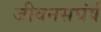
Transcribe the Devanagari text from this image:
जीवनसघंर्ष